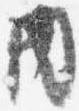
内